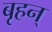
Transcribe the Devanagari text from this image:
बृहन्